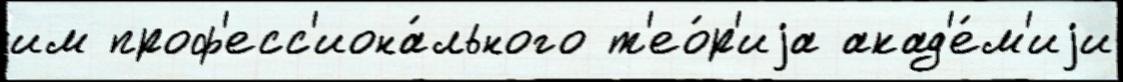
им проф'есс'иона́льного т'ео́р'иjа акад'е́м'иjи